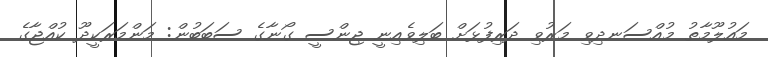
މައުލޫމާތު މުއްސަނދިވި މަރުވި ދަރިފުޅަށް ބަލިވެއިނީ ޖިންސީ ގޯނާގެ ސަބަބުން: މަންމަރަކީދޫ ކުއްޖާގެ